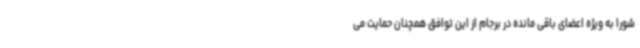
شورا به ویژه اعضای باقی مانده در برجام از این توافق همچنان حمایت می